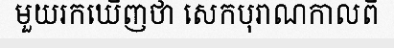
មួយរកឃើញថា សេកបុរាណកាលពី